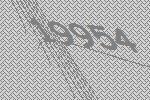
19954